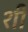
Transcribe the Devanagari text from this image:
र्शी